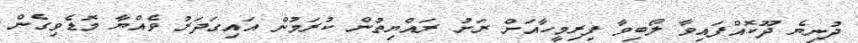
ދުނިޔެ ދޫކޮއްފައިވާ ލޯބިވާ ފިރިމީހާއަށް ރަށު ރައްޔިތުން ކުރަމުން އައިގަދަރު ވެއްޔާ މޮޑެވިގެން